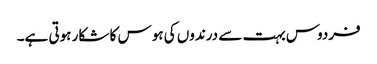
فردوس بہت سے درندوں کی ہوس کا شکار ہوتی ہے۔